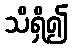
သိရှိ၍